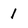
Character: 1